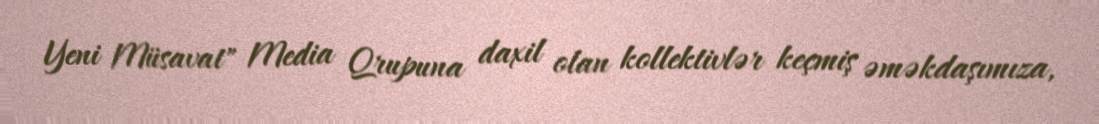
Yeni Müsavat" Media Qrupuna daxil olan kollektivlər keçmiş əməkdaşımıza,